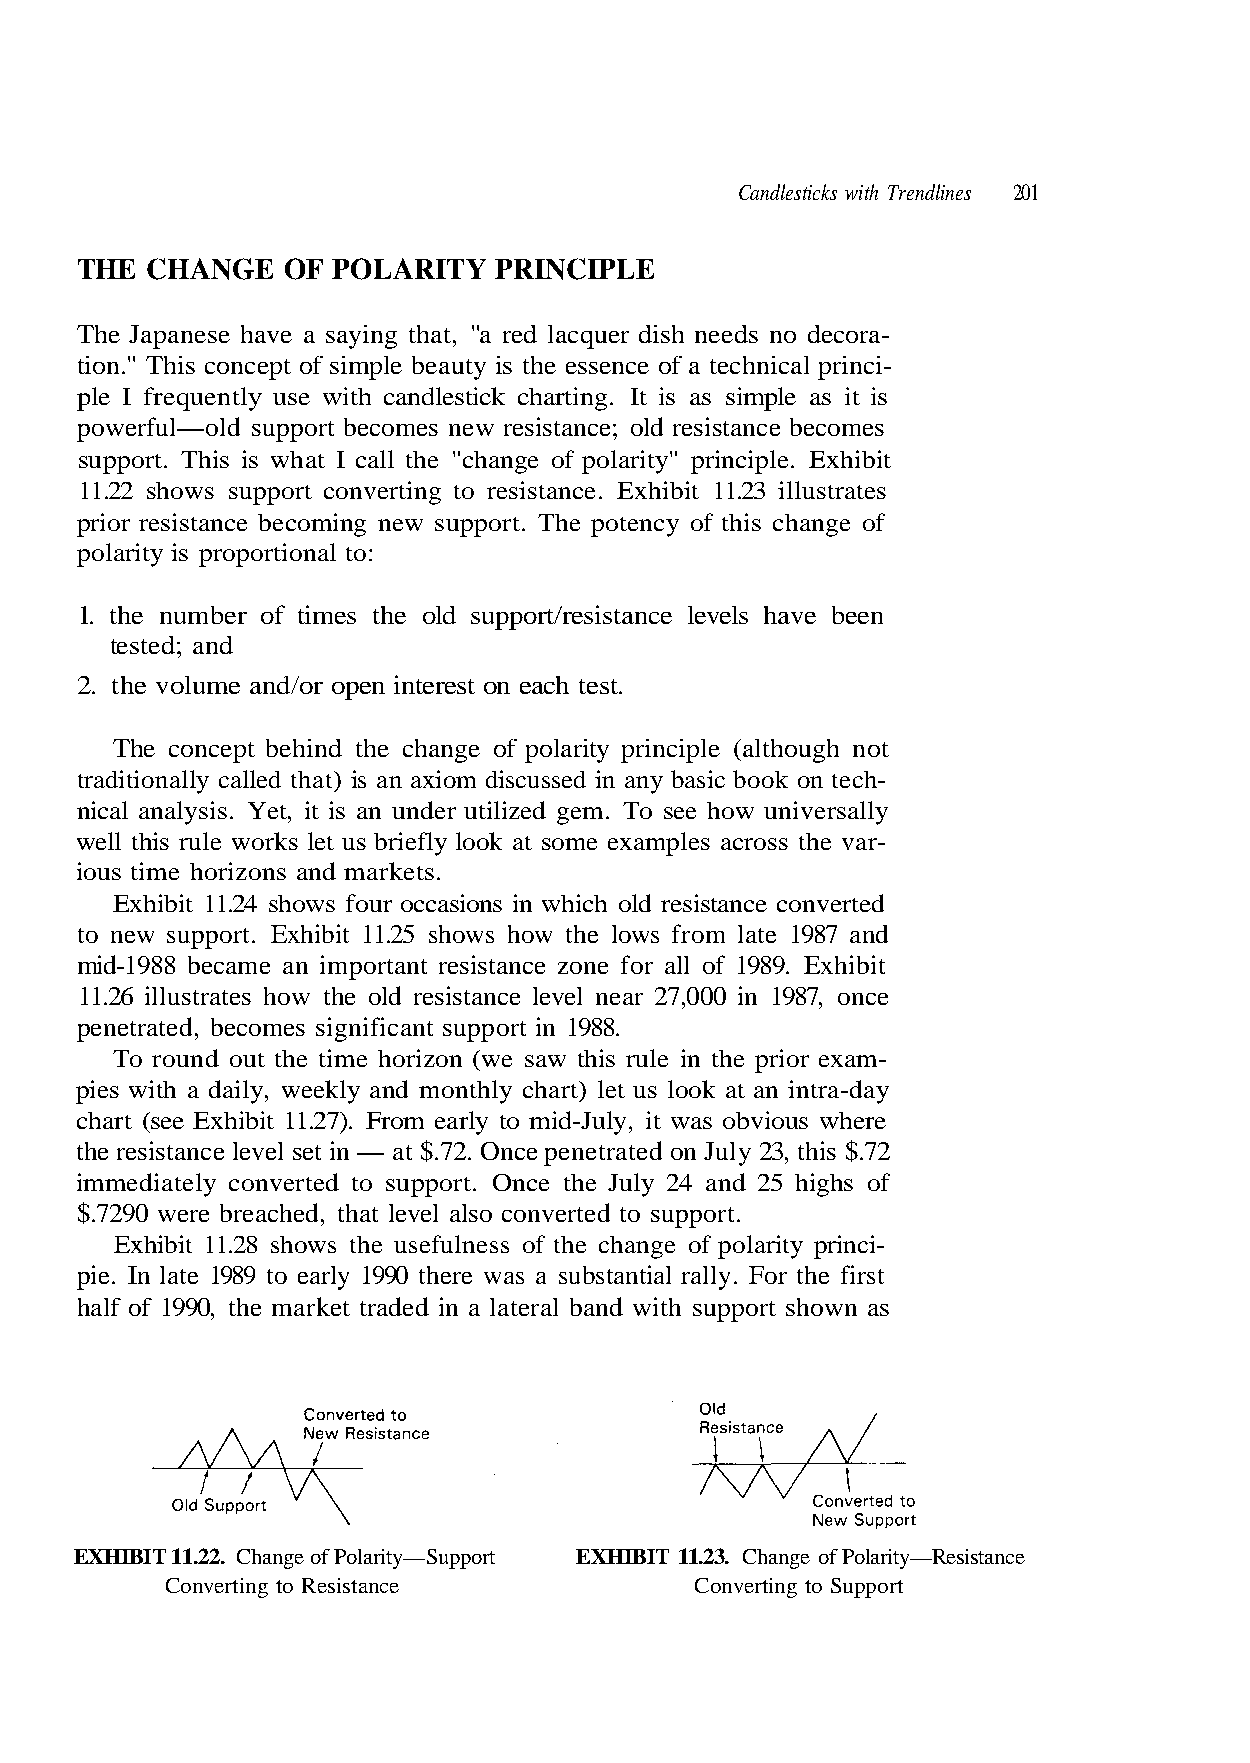
Candlesticks with Trendlines 201
 THE  CHANGE   OF POLARITY   PRINCIPLE
 The Japanese have a saying that, "a red lacquer dish needs no decora-
 tion." This concept of simple beauty is the essence of a technical princi-
 ple I frequently use with candlestick charting. It is as simple as it is
 support. This is what I call the "change of polarity" principle. Exhibit
 polarity is proportional to:
 1. the number of times the old support/resistance levels have been
 tested; and
 2. the volume and/or open interest on each test.
 The concept behind the change of polarity principle (although not
 nical analysis. Yet, it is an under utilized gem. To see how universally
 ious time horizons and markets.
 to new support. Exhibit 11.25 shows how the lows from late 1987 and
 mid-1988 became an important resistance zone for all of 1989. Exhibit
 11.26 illustrates how the old resistance level near 27,000 in 1987, once
 penetrated, becomes significant support in 1988.
 chart (see Exhibit 11.27). From early to mid-July, it was obvious where
 immediately converted to support. Once the July 24 and 25 highs of
 pie. In late 1989 to early 1990 there was a substantial rally. For the first
 Converting to Resistance           Converting to Support
 y a d - a r t n i n a t a k o o l
 s e
 s
 m
 u
 o
 d
 ec
 te
 et
 b
 r
 l
 e
 ce
 nv
 m-
 t)
 n
 o
 ar
 a
 c
 xa
 sist
 ce
 r e
 ch
 old re
 snge
 of
 sistan
 e prio
 hly
 t.
 powerful—old support becomes new resistance;
 11.22 shows support converting to resistance. Exhibit 11.23 illustrate
 prior resistance becoming new support. The potency of this cha
 traditionally called that) is an axiom discussed in any basic book on tech-
 well this rule works let us briefly look at some examples across the var-
 xhibit 11.24 shows four occasions in which old re
 o round out the time horizon (we saw this rule in th
 pies with a daily, weekly and mont
 the resistance level set in — at $.72. Once penetrated on July 23, this $.72
 $.7290 were breached, that level also converted to suppor
 hibit 11.28 shows the usefulness of the change of polarity princi-
 half of 1990, the market traded in a lateral band with support shown as
 EXHIBIT 11.22. Change of Polarity—Support EXHIBIT 11.23. Change of Polarity—Resistance
 E
 T
 x E